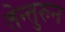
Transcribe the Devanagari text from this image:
तेन्तुरुन